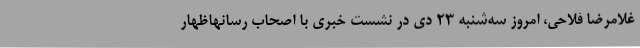
غلامرضا فلاحی، امروز سه‌شنبه 23 دی در نشست خبری با اصحاب رسانهاظهار